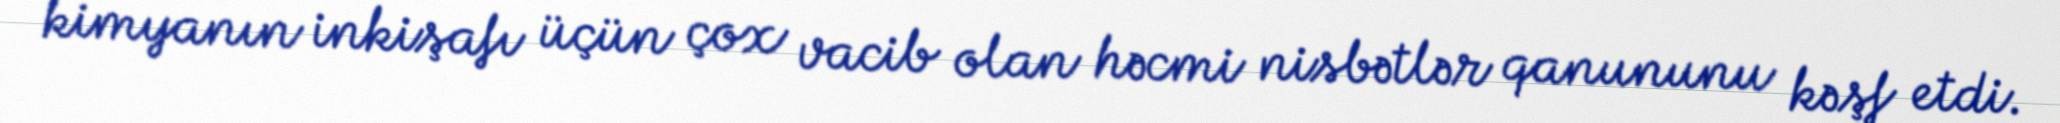
kimyanın inkişafı üçün çox vacib olan həcmi nisbətlər qanununu kəşf etdi.